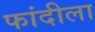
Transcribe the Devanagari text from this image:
फांदीला